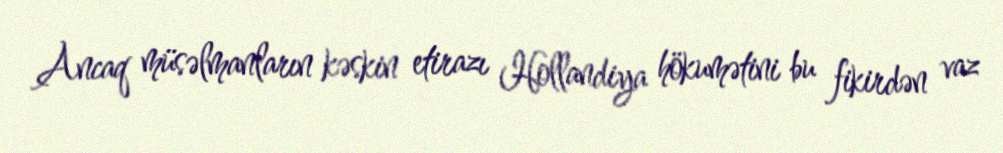
Ancaq müsəlmanların kəskin etirazı Hollandiya hökumətini bu fikirdən vaz